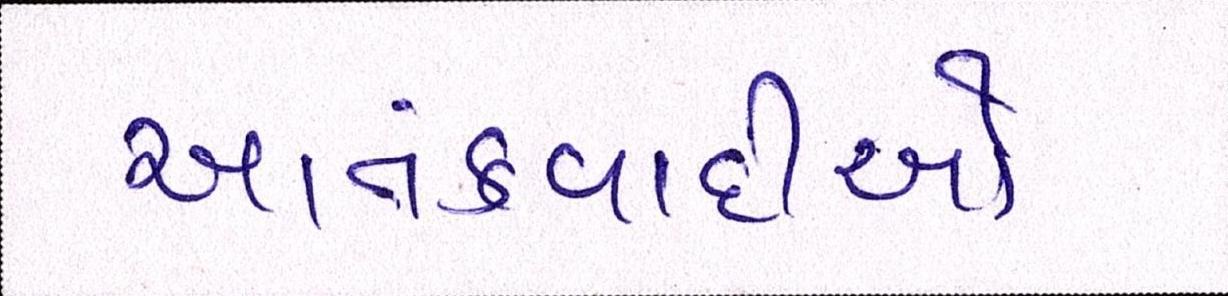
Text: આતંકવાદીઓ